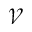
\mathcal { V }